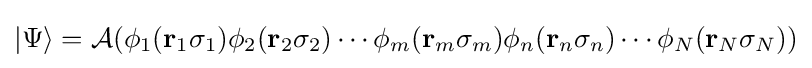
|\Psi \rangle ={\mathcal {A}}(\phi _{1}(\mathbf {r} _{1}\sigma _{1})\phi _{2}(\mathbf {r} _{2}\sigma _{2})\cdots \phi _{m}(\mathbf {r} _{m}\sigma _{m})\phi _{n}(\mathbf {r} _{n}\sigma _{n})\cdots \phi _{N}(\mathbf {r} _{N}\sigma _{N}))